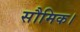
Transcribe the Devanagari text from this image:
सौमिक।